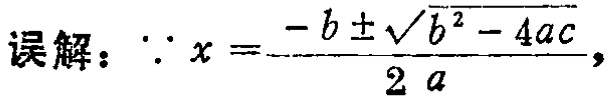
误解：$\because x = \frac{-b \pm \sqrt{b^{2} - 4ac}}{2a},$